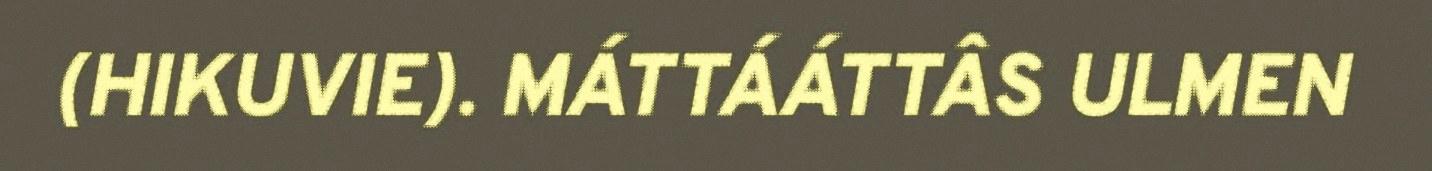
(HIKUVIE). MÁTTÁÁTTÂS ULMEN